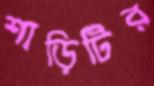
শাড়িটির